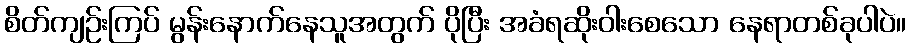
စိတ်ကျဉ်းကြပ် မွန်းနောက်နေသူအတွက် ပိုပြီး အခံရဆိုးဝါးစေသော နေရာတစ်ခုပါပဲ။